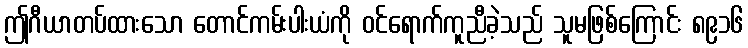
ဤဂီယာတပ်ထားသော တောင်ကမ်းပါးယံကို ဝင်ရောက်ကူညီခဲ့သည် သူမဖြစ်ကြောင်း ၈၉၁၆